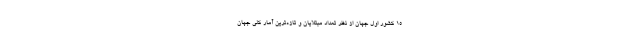
۱۵ کشور اول جهان از نظر تعداد مبتلایان و تازه‌ترین آمار کلی جهان